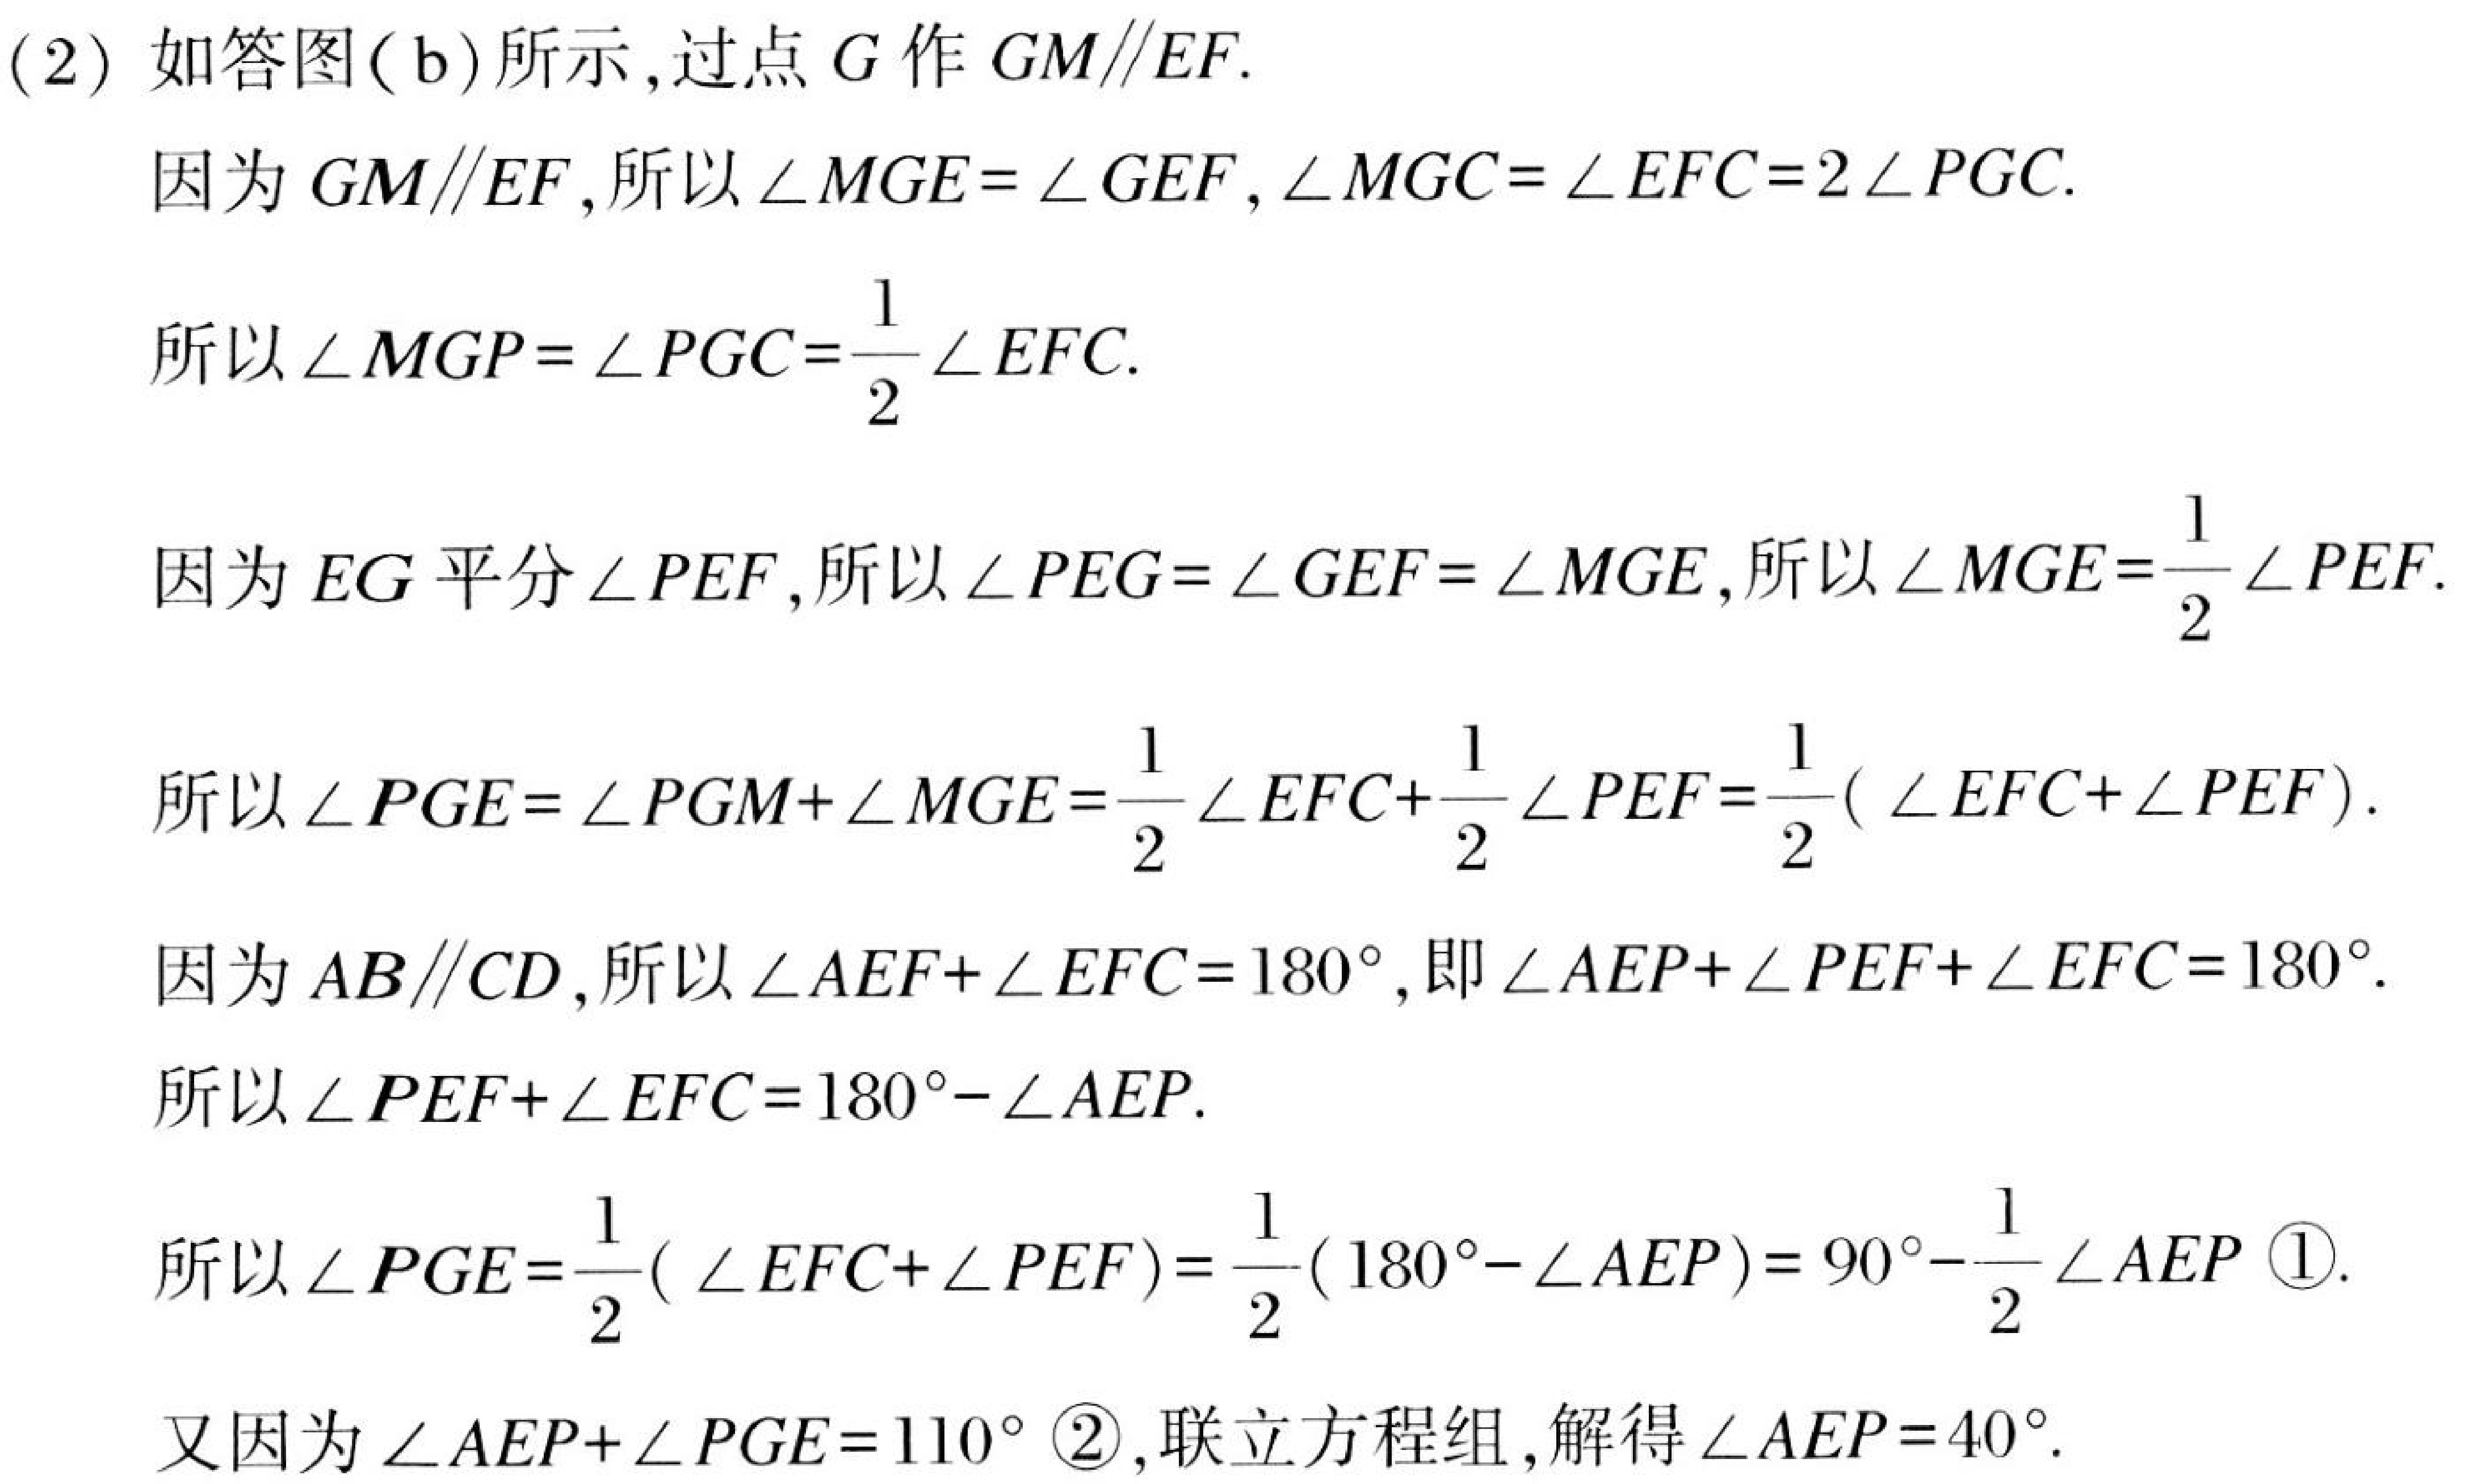
(2) 如答图( b)所示,过点$G$作$GM\parallel EF.$
因为$GM\parallel EF$,所以$\angle MGE=\angle GEF,\angle MGC=\angle EFC = 2\angle PGC.$
所以$\angle MGP=\angle PGC=\frac{1}{2}\angle EFC.$
因为$EG$平分$\angle PEF$,所以$\angle PEG=\angle GEF=\angle MGE$,所以$\angle MGE=\frac{1}{2}\angle PEF.$
所以$\angle PGE=\angle PGM+\angle MGE=\frac{1}{2}\angle EFC+\frac{1}{2}\angle PEF=\frac{1}{2}(\angle EFC+\angle PEF).$
因为$AB\parallel CD$,所以$\angle AEF+\angle EFC = 180^{\circ}$,即$\angle AEP+\angle PEF+\angle EFC = 180^{\circ}.$
所以$\angle PEF+\angle EFC = 180^{\circ}-\angle AEP.$
所以$\angle PGE=\frac{1}{2}(\angle EFC+\angle PEF)=\frac{1}{2}(180^{\circ}-\angle AEP)=90^{\circ}-\frac{1}{2}\angle AEP$ \textcircled{1}.
又因为$\angle AEP+\angle PGE = 110^{\circ}$ \textcircled{2},联立方程组,解得$\angle AEP = 40^{\circ}.$